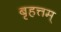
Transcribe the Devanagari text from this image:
बृहत्तम्